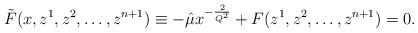
LaTeX: \begin{align*}\tilde{F}(x,z^1,z^2,\ldots,z^{n+1})\equiv -\hat{\mu} x^{-\frac{2}{Q^2}} +F(z^1,z^2,\ldots,z^{n+1})=0.\end{align*}